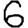
Digit: 6